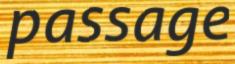
passage